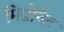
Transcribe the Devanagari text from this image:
मिग्नोनेट